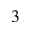
3